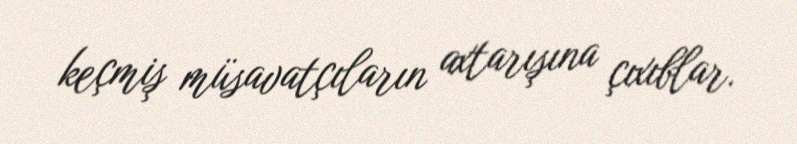
keçmiş müsavatçıların axtarışına çıxıblar.